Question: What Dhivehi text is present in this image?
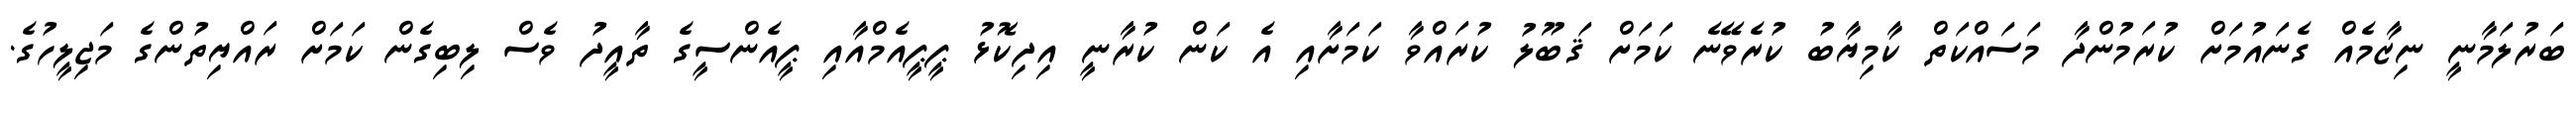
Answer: ބަރުލަމާނީ ނިޒާމެއް ގެނައުމަށް ކުރަމުންދާ މަސައްކަތް ކާމިޔާބު ކުރެވޭނެ ކަމަށް ޤަބޫލު ކުރައްވާ ކަމަށާއި އެ ކަން ކުރާނީ އިދިކޮޅު ޕީޕީއެމްއާއި ޕީއެންސީގެ ތާއީދު ވެސް ލިބިގެން ކަމަށް ރައްޔިތުންގެ މަޖިލީހުގެ.